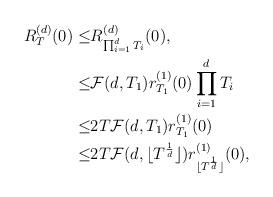
LaTeX: \begin{align*}R^{(d)}_T(0)\leq& R^{(d)}_{\prod_{i=1}^dT_i}(0),\\\leq&\mathcal{F}(d,T_1)r^{(1)}_{T_1}(0)\prod_{i=1}^{d}T_i\\\leq&2T\mathcal{F}(d,T_1)r^{(1)}_{T_1}(0)\\\leq&2T\mathcal{F}(d,\lfloor T^{\frac{1}{d}}\rfloor)r^{(1)}_{\lfloor T^{\frac{1}{d}}\rfloor}(0),\end{align*}